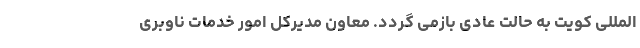
المللی کویت به حالت عادی بازمی گردد. معاون مدیرکل امور خدمات ناوبری